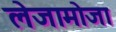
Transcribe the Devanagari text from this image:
लेजामोजा